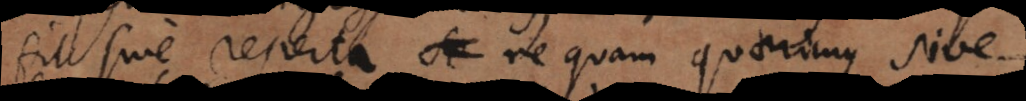
fit sive reperta re quam quaerimus, sive